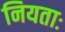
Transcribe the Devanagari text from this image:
नियताः